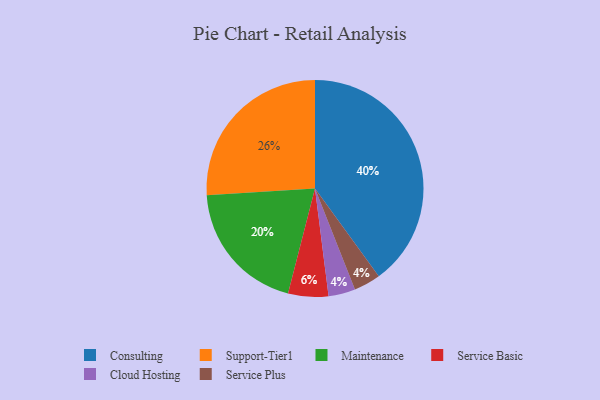
{"axis": {"x": "Category", "y": "Percentage"}, "legend": ["Cloud Hosting", "Consulting", "Maintenance", "Service Basic", "Service Plus", "Support-Tier1"], "data": [{"x": "Consulting", "y": 40, "type": "Consulting"}, {"x": "Service Basic", "y": 6, "type": "Service Basic"}, {"x": "Support-Tier1", "y": 26, "type": "Support-Tier1"}, {"x": "Cloud Hosting", "y": 4, "type": "Cloud Hosting"}, {"x": "Maintenance", "y": 20, "type": "Maintenance"}, {"x": "Service Plus", "y": 4, "type": "Service Plus"}]}